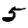
Digit: 5